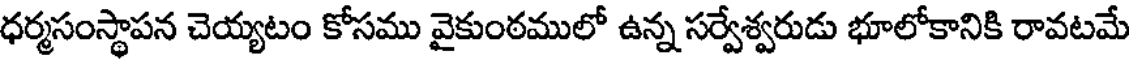
ధర్మసంస్థాపన చెయ్యటం కోసము వైకుంఠములో ఉన్న సర్వేశ్వరుడు భూలోకానికి రావటమే